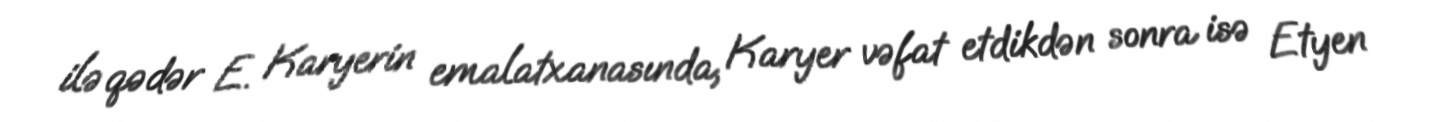
ilə qədər E. Karyerin emalatxanasında, Karyer vəfat etdikdən sonra isə Etyen